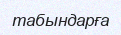
табындарға